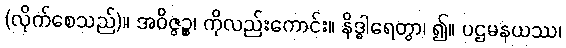
(လိုက်စေသည်)။ အဝိဇ္ဇဉ္စ၊ ကိုလည်းကောင်း။ နိဒ္ဓါရေတွာ၊ ၍။ ပဌမနယဿ၊